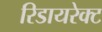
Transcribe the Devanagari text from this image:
रिडायरेक्ट